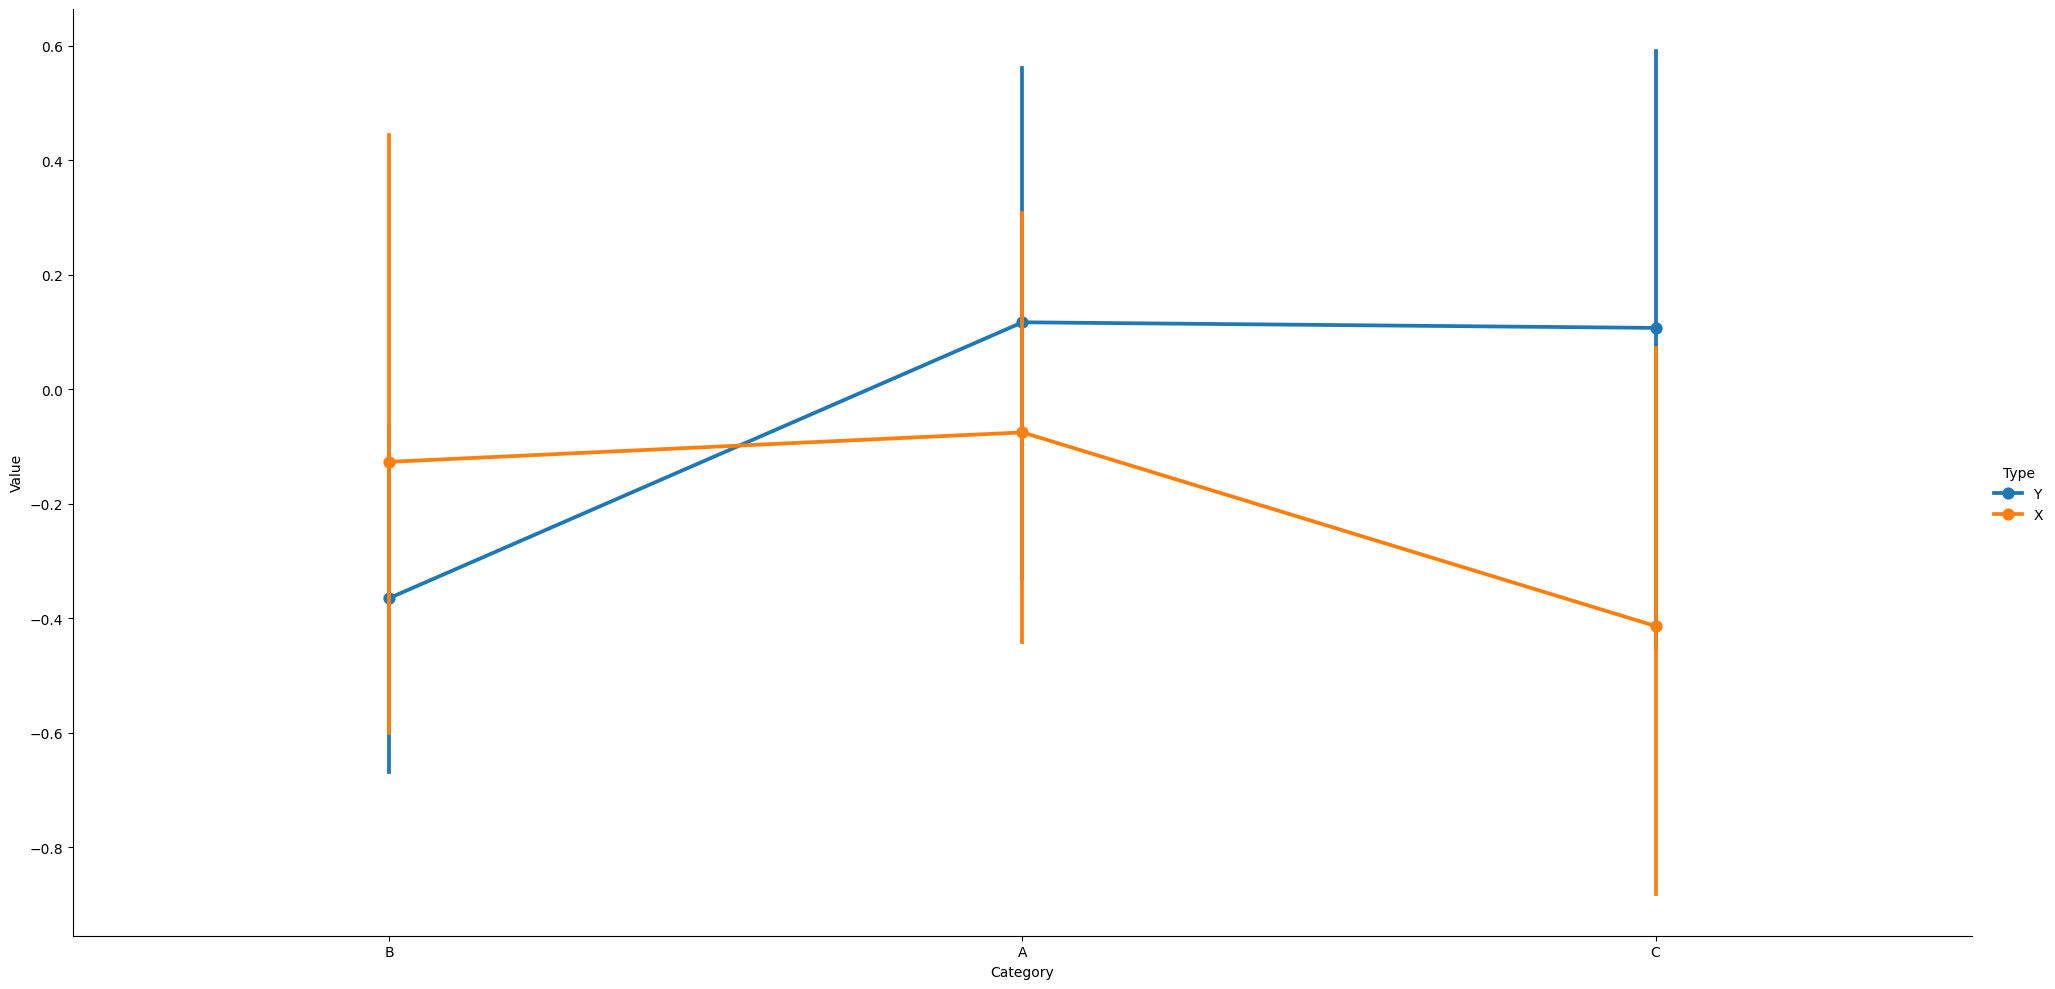
python, seaborn, catplot, kind='point', height=10, aspect=2